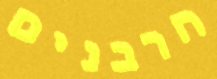
הרבנים